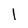
Character: 1